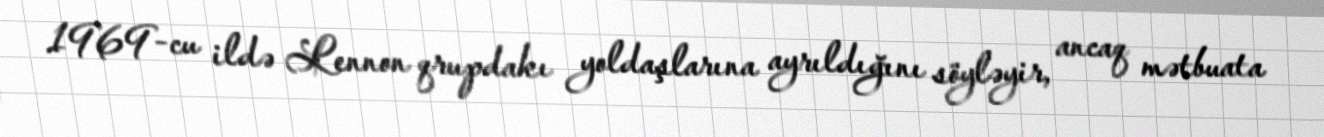
1969-cu ildə Lennon qrupdakı yoldaşlarına ayrıldığını söyləyir, ancaq mətbuata